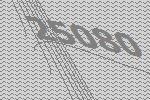
25080